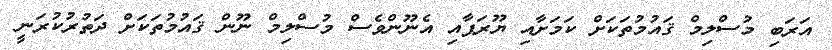
އަރަބި މުސްލިމް ޤައުމުތަކަށް ކަމަށާއި ޔޫރަޕާއި އެނޫންވެސް މުސްލިމް ނޫން ޤައުމުތަކަށް ދަތުރުކުރަނީ